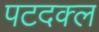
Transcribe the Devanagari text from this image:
पटदक्ल